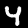
Digit: 4